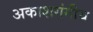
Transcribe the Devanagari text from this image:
अकाशगंगीय